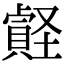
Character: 𧷎